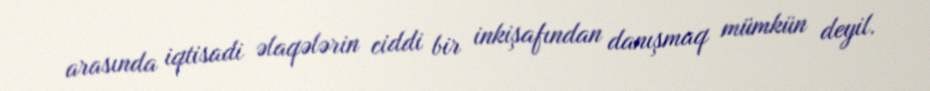
arasında iqtisadi əlaqələrin ciddi bir inkişafından danışmaq mümkün deyil.